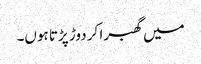
میں گھبرا کر دوڑ پڑتا ہوں۔